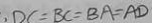
, D C = B C = B A = A D